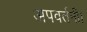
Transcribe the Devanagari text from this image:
अपवर्तनी।